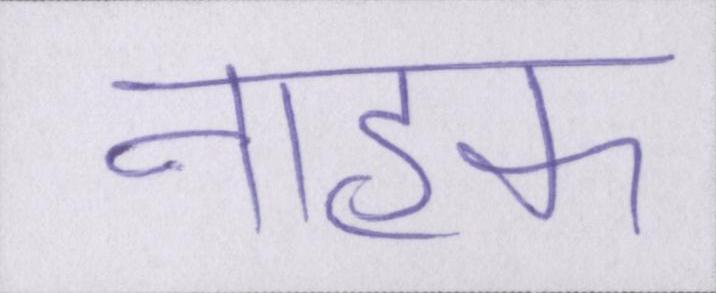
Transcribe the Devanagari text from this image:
नाहक